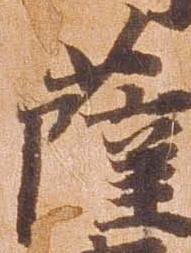
薩